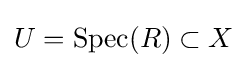
U=\operatorname {Spec} (R)\subset X